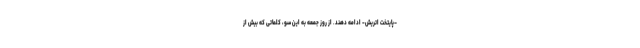
–پایتخت اتریش- ادامه دهند. از روز جمعه به این سو، کلماتی که بیش از